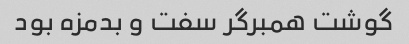
گوشت همبرگر سفت و بدمزه بود